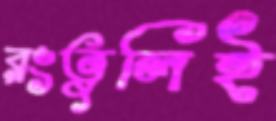
রংতুলিই